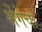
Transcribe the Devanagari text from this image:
शेंगेचा